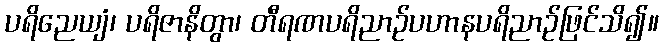
ပရိညေယျံ၊ ပရိဇာနိတွာ၊ တီရဏပရိညာဉ်ပဟာနပရိညာဉ်ဖြင်သိ၍။